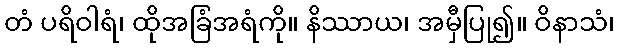
တံ ပရိဝါရံ၊ ထိုအခြံအရံကို။ နိဿာယ၊ အမှီပြု၍။ ဝိနာသံ၊